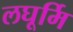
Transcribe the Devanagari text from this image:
लघूर्मि